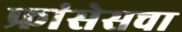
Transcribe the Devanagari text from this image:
फ्रांसेसचा